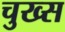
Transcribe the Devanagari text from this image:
चुख्स